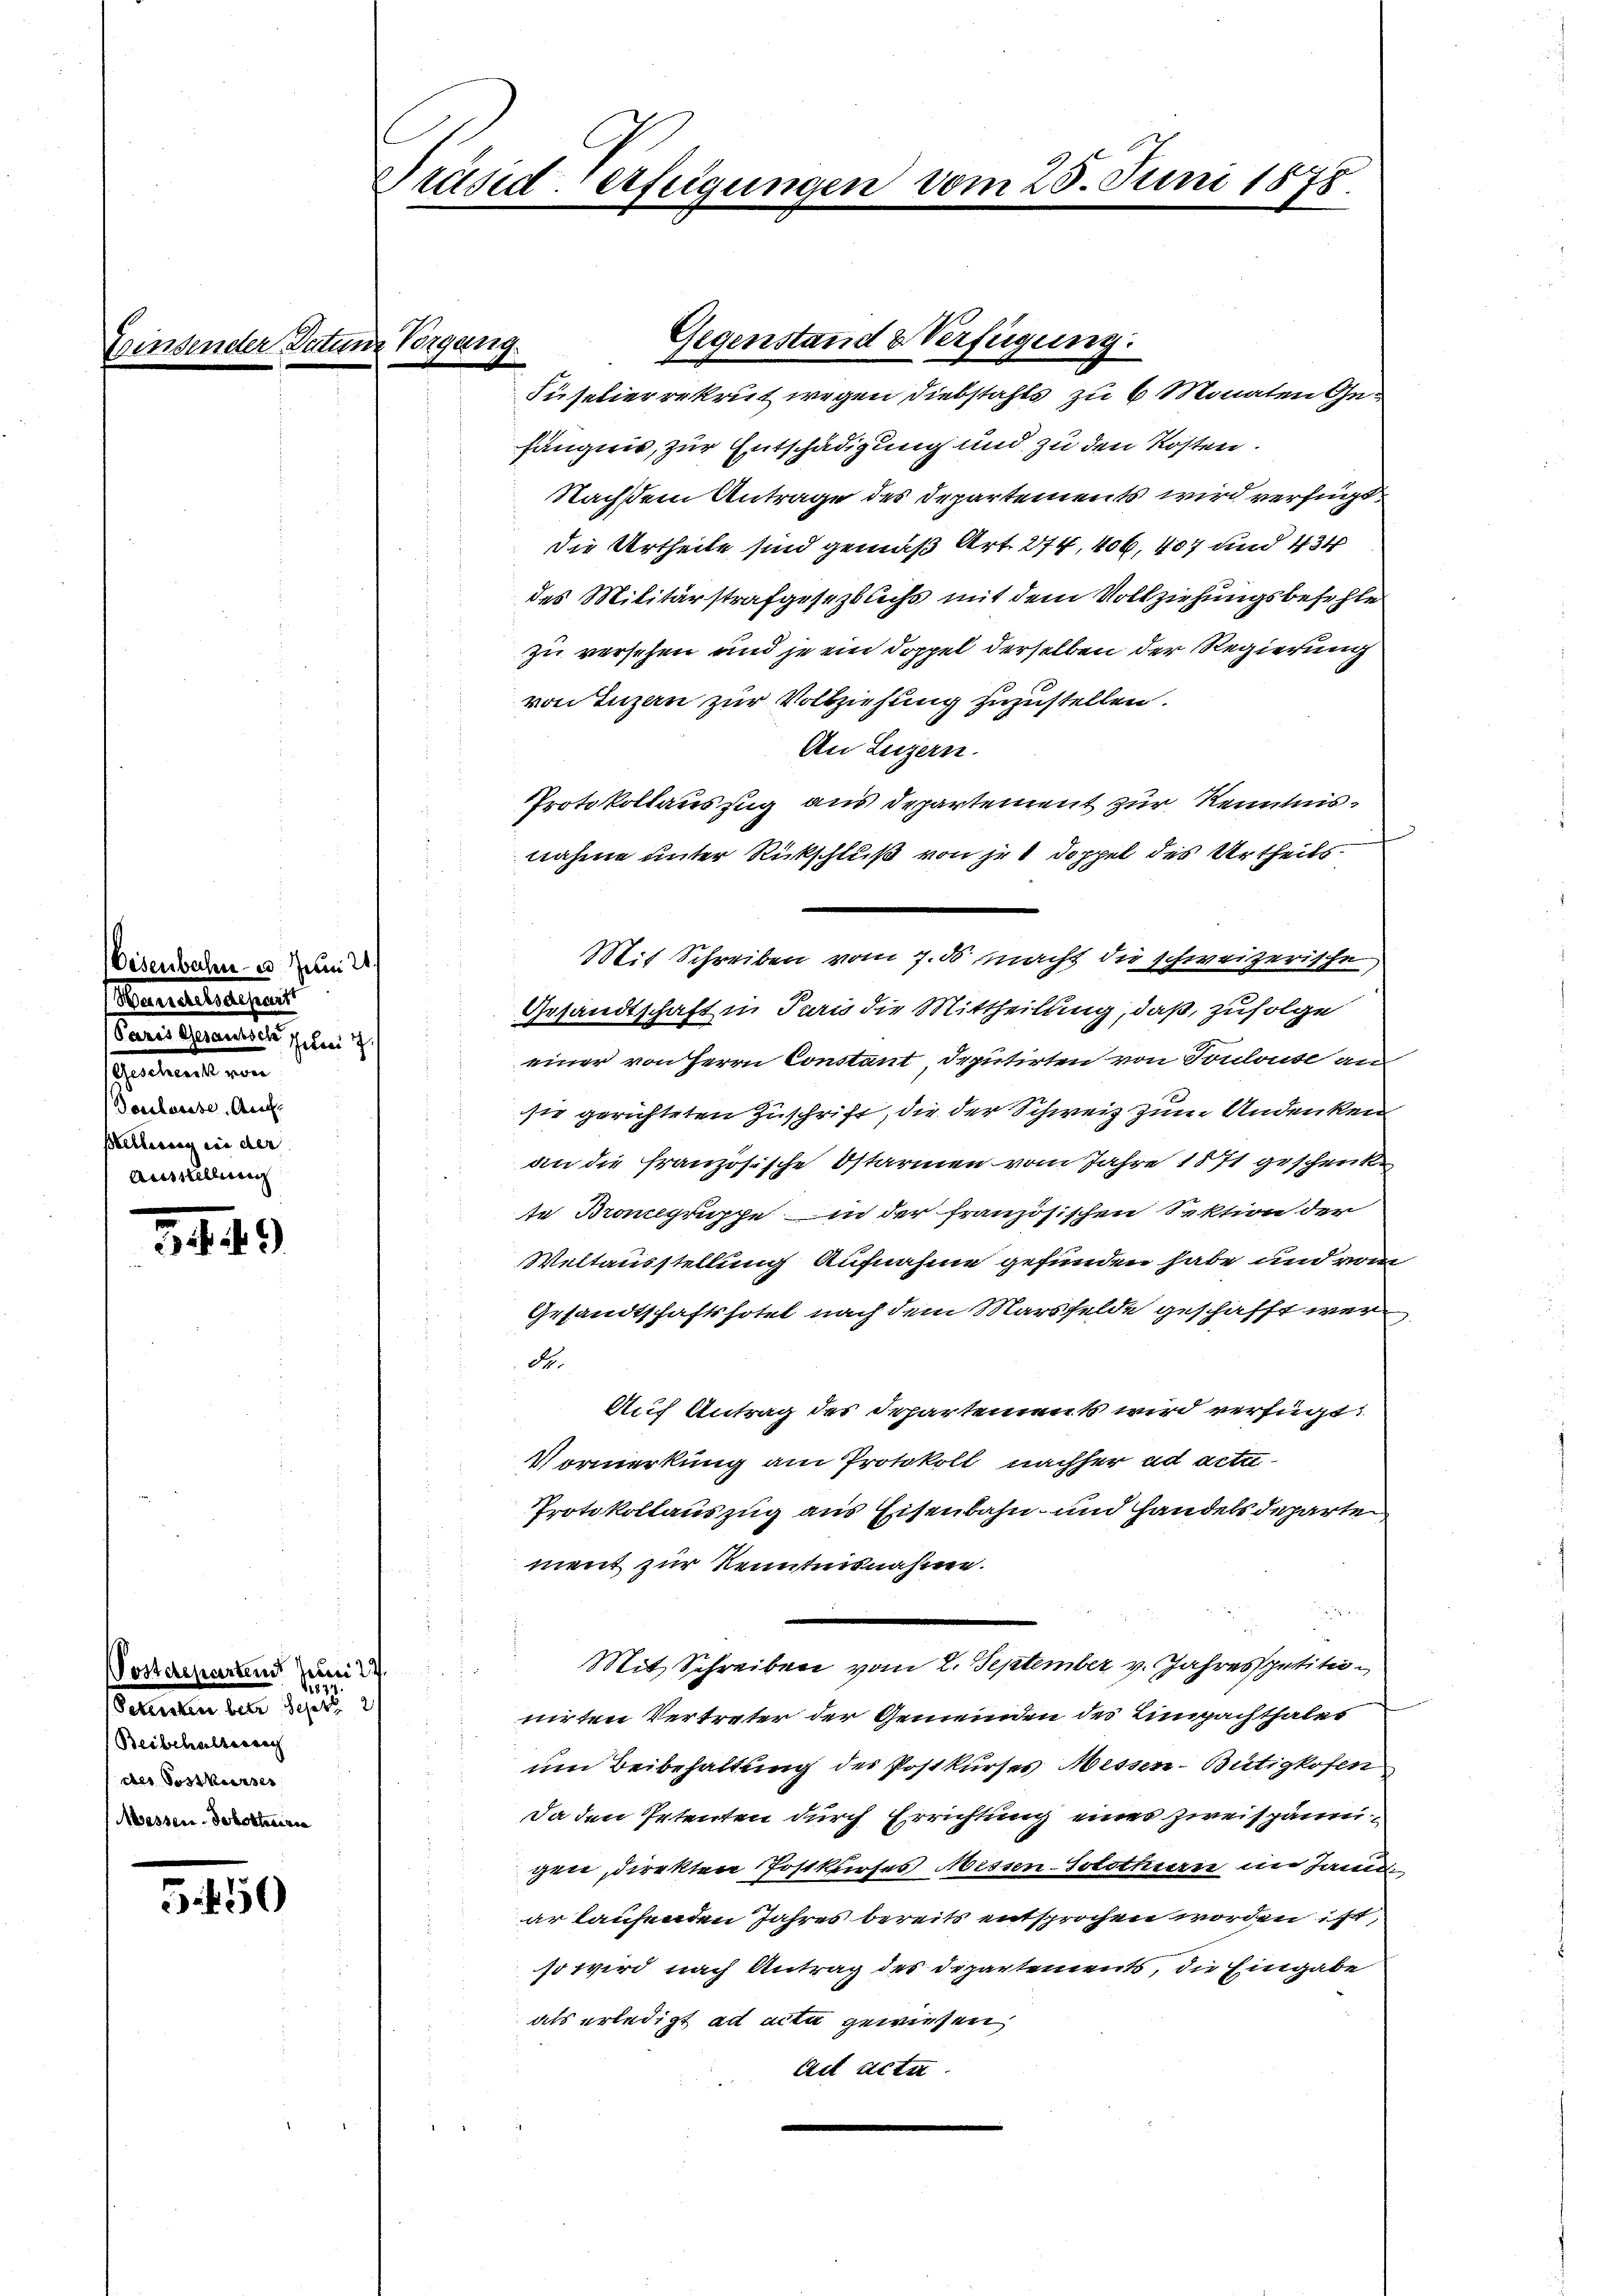
senden

Oesenbahne Juni 21.
Meierliegens
anielsammenden, und d
sementende von
Doulausse. Auc
setterung ein der |
Ausstellung

3449

Postdeparten Juni 27.
3
Sekreten betr. Sept. 2
Beibehalternach
(der Postkurses
Messen-Jobottoirie

5.450

Präsiderfügungen vom 25. Juni 1878

Ergang

Gegenstand & Verfügung:

Süselierrekrut wegen Diebstahls zu 6 Monaten Gehängnis, zur Entschädigung und zu den Kosten.
Nachstem Antrage des Departements wird verfügt:
die Urtheile sind gemäß Art. 274, 406, 407 und 434
des Militärstrafgeseztlichs mit dem Vollziehungsbefehle
zu versehen und je ein Doppel derselben der Regierung
von Tuzan zur Vollziehung zuzustellen.
An Luzern.
Protokollauszug aus Departement zur Kenntnisnahme unter Rückschluß von je 1 Doppel des Urtheils-
Mit Schreiben vom 7. ds. macht die schweizerische,
Gesandtschaft in Juris die Mittheilung, daß, zufolge
einer von Herrn Constant Deputirten von Touloute an
sie gerichteten Zuschrift, die der Schweiz zum Andenken
an die französische Ostarinen vom Jahre 1871 geschenk
te Brongruppe in der französischen Sektion der
Weltausstellung Aufnahme gefunden habe und vom
Gesandtschaftssotel nach dem Marsfelde geschafft werdh.
Auf Antrag der Departement wird verfügt:
Vormerkung am Protokoll nachher ad acta
Protokollauszug aus Eisenbahn und Handels departe
ment zur Kenntnisnahme.
Mit Schreiben vom 2. September v. Jahres petitionirten Vertreter der Gemeinden des Einpachthales
um Beibehaltung des Postkurses Messen-Bütigkofen
Da den Petenten durch Errichtung einer Zweispännigen, direkten Postkurses Messen-Solothurn im Janu
ar laufenden Jahres bereits entsprochen worden ist,
so wird nach Antrag des Departements, die Eingabe
als erledigt ad acta gewiesen,
ad acta